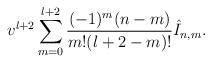
LaTeX: \begin{align*} v^{l+2}\sum_{m=0}^{l+2}\frac{(-1)^m(n-m)}{m!(l+2-m)!}\hat{I}_{n,m}.\end{align*}